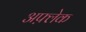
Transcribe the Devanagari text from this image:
अफ़्लेक